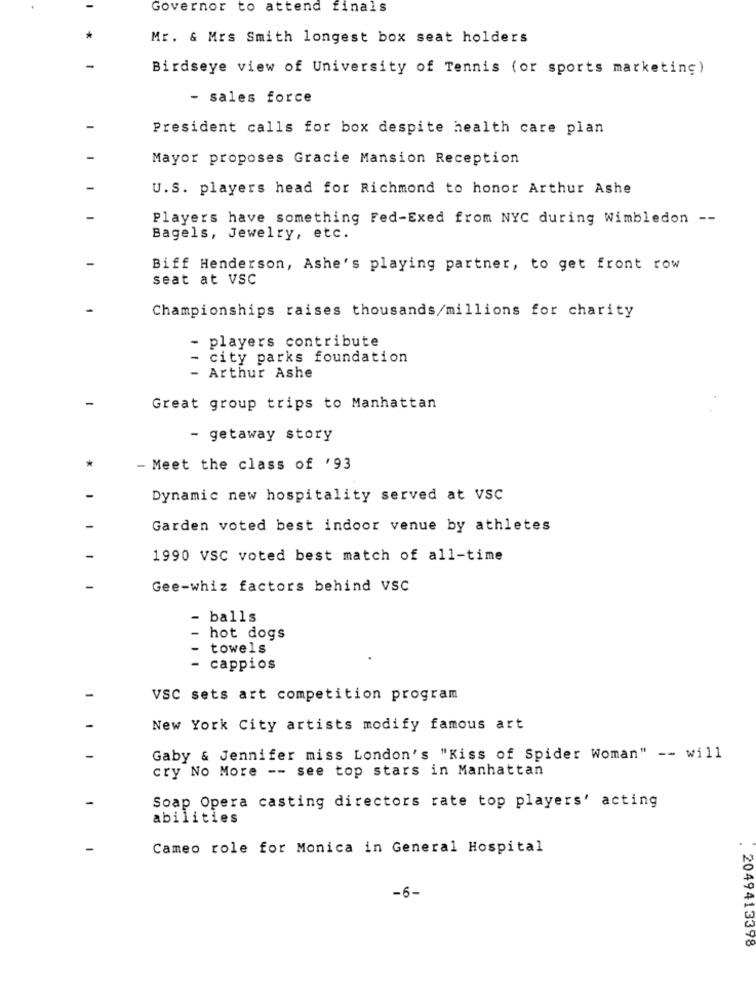
Governor to attend finals
Mr. & Mrs Smith longest box seat holders
Birdseye view of University of Tennis (or sports marketing)
- sales force
President calls for box despite health care plan
Mayor proposes Gracie Mansion Reception
U.S. players head for Richmond to honor Arthur Ashe
Players have something Fed-Exed from NYC during Wimbledon --
Bagels, Jewelry, etc.
Biff Henderson, Ashe's playing partner, to get front row
seat at VSC
Championships raises thousands/millions for charity
players contribute
city parks foundation
- Arthur Ashe
Great group trips to Manhattan
- getaway story
- Meet the class of '93
Dynamic new hospitality served at VSC
Garden voted best indoor venue by athletes
1990 VSC voted best match of all-time
Gee-whiz factors behind VSC
-
balls
hot dogs
towels
-
cappios
VSC sets art competition program
New York City artists modify famous art
Gaby & Jennifer miss London's "Kiss of Spider Woman" -- will
cry No More -- see top stars in Manhattan
Soap Opera casting directors rate top players' acting
abilities
Cameo role for Monica in General Hospital
-6-
2049413398